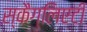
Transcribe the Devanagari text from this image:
स्कैग्लिएटी